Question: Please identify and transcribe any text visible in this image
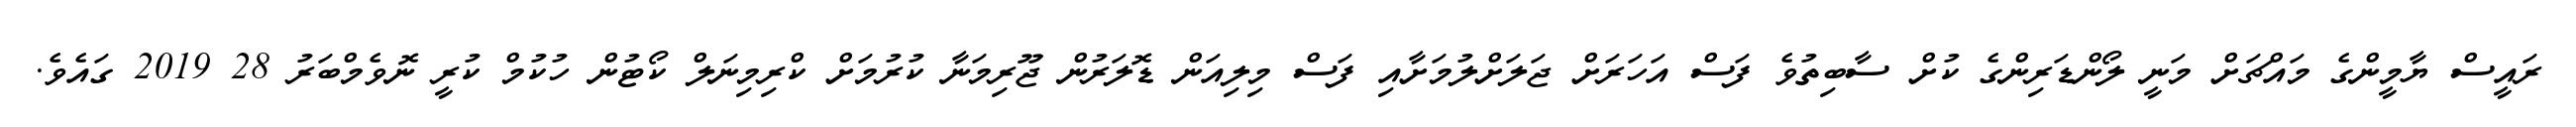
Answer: ރައީސް ޔާމީންގެ މައްޗަށް މަނީ ލޯންޑަރިންގެ ކުށް ސާބިތުވެ ފަސް އަހަރަށް ޖަލަށްލުމަށާއި ފަސް މިލިއަން ޑޮލަރުން ޖޫރިމަނާ ކުރުމަށް ކްރިމިނަލް ކޯޓުން ހުކުމް ކުރީ ނޮވެމްބަރު 28 2019 ގައެވެ.